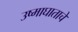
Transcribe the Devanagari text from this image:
उष्माघाताचे